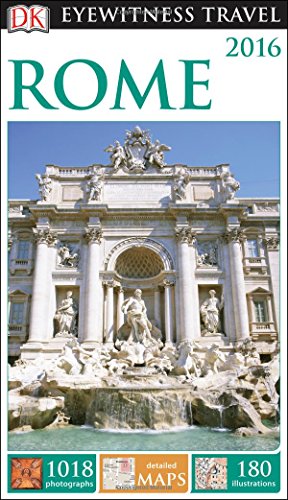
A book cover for DK Eyewitness Travel Guide: Rome; DK Publishing; Travel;